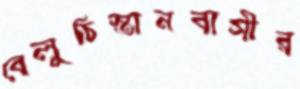
বেলুচিস্তানবাসীর